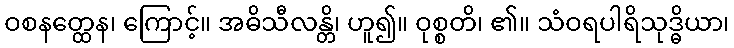
ဝစနတ္ထေန၊ ကြောင့်။ အဓိသီလန္တိ၊ ဟူ၍။ ဝုစ္စတိ၊ ၏။ သံဝရပါရိသုဒ္ဓိယာ၊